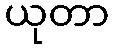
ယုတာ